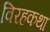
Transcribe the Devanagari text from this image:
विरहकथा